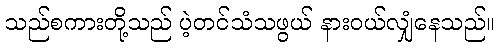
သည်စကားတို့သည် ပဲ့တင်သံသဖွယ် နားဝယ်လျှံနေသည်။